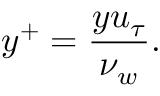
y ^ { + } = \frac { y u _ { \tau } } { \nu _ { w } } .